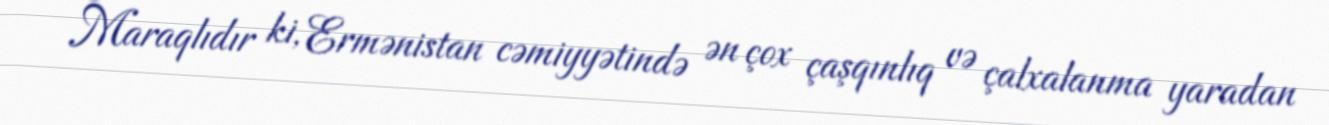
Maraqlıdır ki, Ermənistan cəmiyyətində ən çox çaşqınlıq və çalxalanma yaradan